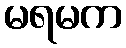
မရမက